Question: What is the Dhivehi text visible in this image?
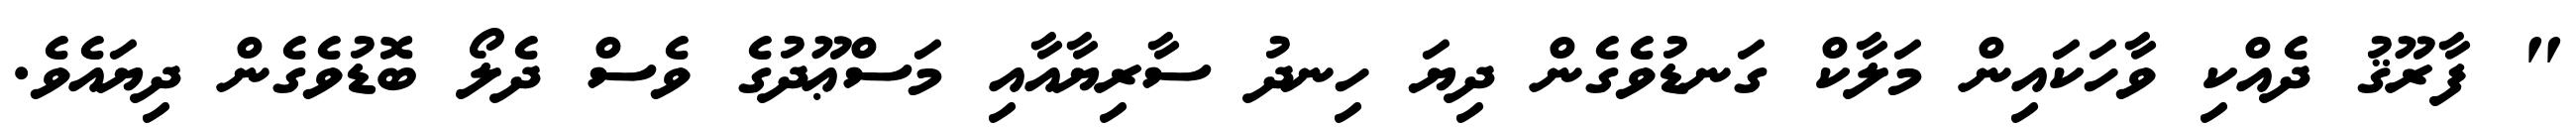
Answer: " ފާރޫޤު ދެއްކި ވާހަކައިން މަލާކް ގަނޑުވެގެން ދިޔަ ހިނދު ސާރިޔާއާއި މަސްޢޫދުގެ ވެސް ދެލޯ ބޮޑުވެގެން ދިޔައެވެ.